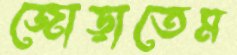
জোড়াতেম